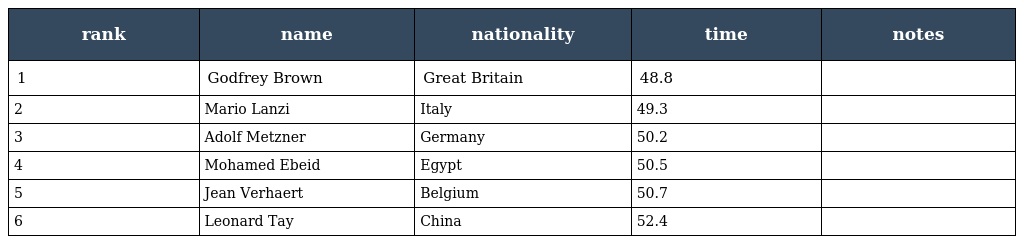
| rank | name | nationality | time | notes |
 | --- | --- | --- | --- | --- |
 | 1 | Godfrey Brown | Great Britain | 48.8 |  |
 | 2 | Mario Lanzi | Italy | 49.3 |  |
 | 3 | Adolf Metzner | Germany | 50.2 |  |
 | 4 | Mohamed Ebeid | Egypt | 50.5 |  |
 | 5 | Jean Verhaert | Belgium | 50.7 |  |
 | 6 | Leonard Tay | China | 52.4 |  |